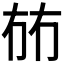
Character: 𭁤